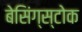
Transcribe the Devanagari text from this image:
बेसिंग्स्टोक